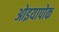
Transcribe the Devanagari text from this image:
ओइयापोक